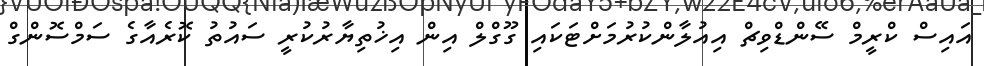
އައިސް ކްރީމް ސޭންޑްވިޗް އިއުލާންކުރުމަށްޓަކައި ގޫގްލް އިން އިޚުތިޔާރުކުރީ ސައުތު ކޮރެއާގެ ސަމްސޮންގް